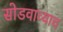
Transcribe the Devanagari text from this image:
सोडवाव्याच